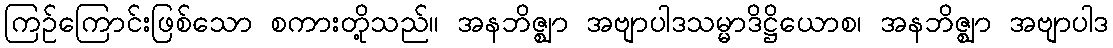
ကြဉ်ကြောင်းဖြစ်သော စကားတို့သည်။ အနဘိဇ္ဈာ အဗျာပါဒသမ္မာဒိဋ္ဌိယောစ၊ အနဘိဇ္ဈာ အဗျာပါဒ